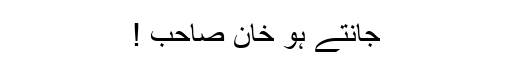
جانتے ہو خان صاحب !